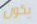
يكون